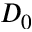
D _ { 0 }